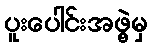
ပူးပေါင်းအဖွဲ့မှ